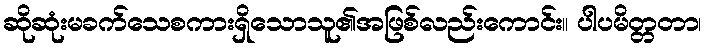
ဆိုဆုံးမခက်သေစကားရှိသောသူ၏အဖြစ်လည်းကောင်း။ ပါပမိတ္တတာ၊